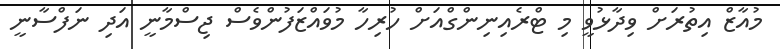
މުއާޒް އިތުރަށް ވިދާޅުވީ މި ޓްރެއިނިންގްއަށް ހުރިހާ މުވައްޒަފުންވެސް ޖިސްމާނީ އަދި ނަފްސާނީ